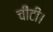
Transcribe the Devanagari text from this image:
चींटी।